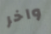
واخر